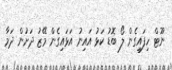
ނޫޓް ހިފައިގެން ލޯ ބޮޑު ކަޅު އައިނު އަޅައިގެން މޭޒު ދަށުން ދަމާ